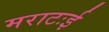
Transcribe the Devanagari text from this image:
मराटःई